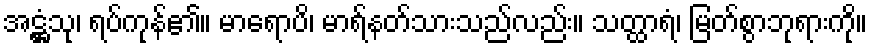
အဋ္ဌံသု၊ ရပ်ကုန်၏။ မာရောပိ၊ မာရ်နတ်သားသည်လည်း။ သတ္ထာရံ၊ မြတ်စွာဘုရားကို။